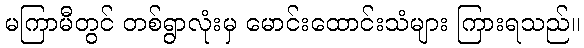
မကြာမီတွင် တစ်ရွာလုံးမှ မောင်းထောင်းသံများ ကြားရသည်။